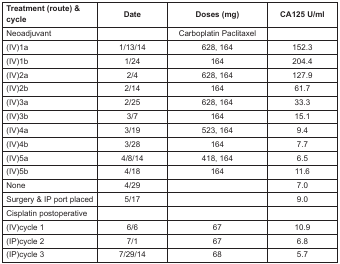
| Treatment (route) & cycle | Date | Doses (mg) | CA125 U/ml |
 | --- | --- | --- | --- |
 | Neoadjuvant |  | Carboplatin Paclitaxel |  |
 | (IV)1a | 1/13/14 | 628, 164 | 152.3 |
 | (IV)1b | 1/24 | 164 | 204.4 |
 | (IV)2a | 2/4 | 628, 164 | 127.9 |
 | (IV)2b | 2/14 | 164 | 61.7 |
 | (IV)3a | 2/25 | 628, 164 | 33.3 |
 | (IV)3b | 3/7 | 164 | 15.1 |
 | (IV)4a | 3/19 | 523, 164 | 9.4 |
 | (IV)4b | 3/28 | 164 | 7.7 |
 | (IV)5a | 4/8/14 | 418, 164 | 6.5 |
 | (IV)5b | 4/18 | 164 | 11.6 |
 | None | 4/29 |  | 7.0 |
 | Surgery & IP port placed | 5/17 |  | 9.0 |
 | Cisplatin postoperative |  |  |  |
 | (IV)cycle 1 | 6/6 | 67 | 10.9 |
 | (IP)cycle 2 | 7/1 | 67 | 6.8 |
 | (IP)cycle 3 | 7/29/14 | 68 | 5.7 |